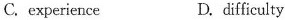
C.experience D.difficulty